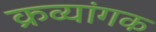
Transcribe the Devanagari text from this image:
क्रव्यांगक